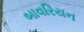
બાવરિયન